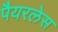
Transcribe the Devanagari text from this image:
पैयरलेस